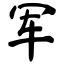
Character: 军